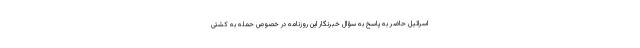
اسرائیل حاضر به پاسخ به سؤال خبرنگار این روزنامه در خصوص حمله به کشتی